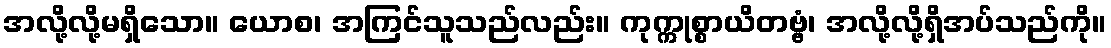
အလို့လို့မရှိသော။ ယောစ၊ အကြင်သူသည်လည်း။ ကုက္ကုစ္စာယိတဗ္ဗံ၊ အလို့လို့ရှိအပ်သည်ကို။